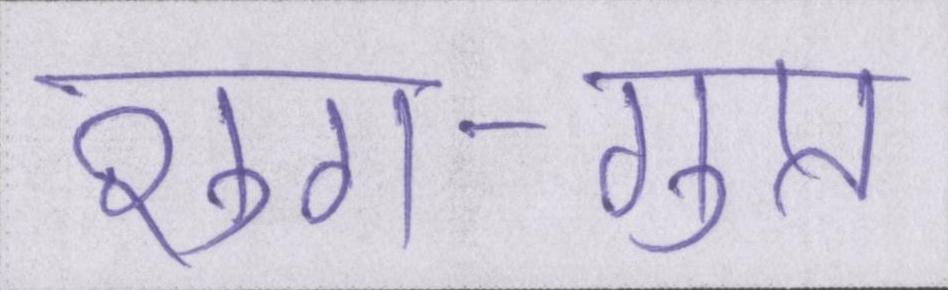
शुंग-गुप्त